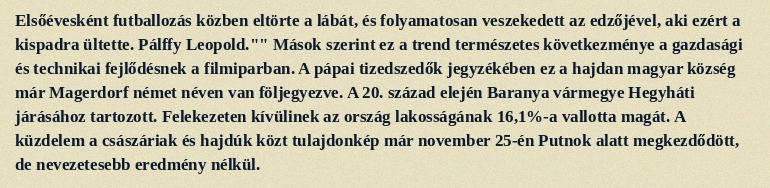
Elsőévesként futballozás közben eltörte a lábát, és folyamatosan veszekedett az edzőjével, aki ezért a kispadra ültette. Pálffy Leopold."" Mások szerint ez a trend természetes következménye a gazdasági és technikai fejlődésnek a filmiparban. A pápai tizedszedők jegyzékében ez a hajdan magyar község már Magerdorf német néven van följegyezve. A 20. század elején Baranya vármegye Hegyháti járásához tartozott. Felekezeten kívülinek az ország lakosságának 16,1%-a vallotta magát. A küzdelem a császáriak és hajdúk közt tulajdonkép már november 25-én Putnok alatt megkezdődött, de nevezetesebb eredmény nélkül.